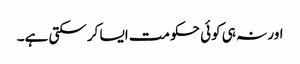
اور نہ ہی کوئی حکومت ایسا کرسکتی ہے۔